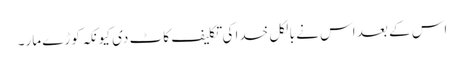
اس کے بعد اس نے بالکل خدا کی تکلیف کاٹ دی کیونکہ کوڑے مار۔